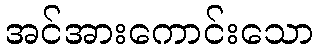
အင်အားကောင်းသော